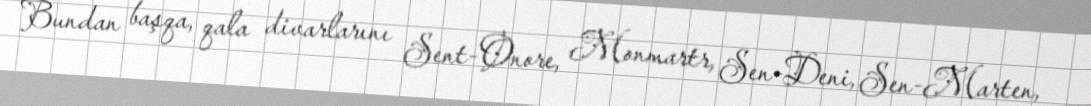
Bundan başqa, qala divarlarını Sent-Onore, Monmartr, Sen-Deni, Sen-Marten,